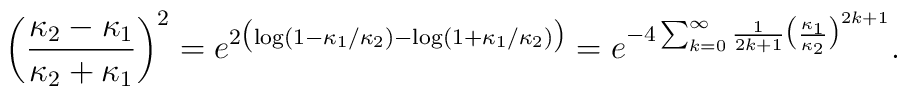
\biggl{(} {{\kappa_2-\kappa_1}\over{\kappa_2+\kappa_1}}                \biggr{)} ^2=e^{2\bigl{(}\log(1-\kappa_1/\kappa_2)-				\log(1+\kappa_1/\kappa_2)\bigr{)}}		=e^{-4\sum_{k=0}^{\infty} {1\over{2k+1}}\bigl{(}		{\kappa_1\over{\kappa_2}}\bigr{)}^{2k+1}}.